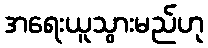
အရေးယူသွားမည်ဟု